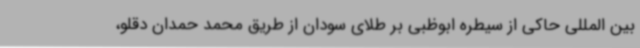
بین المللی حاکی از سیطره ابوظبی بر طلای سودان از طریق محمد حمدان دقلو،